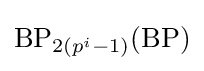
{\text{BP}}_{2(p^{i}-1)}({\text{BP}})